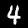
Digit: 4